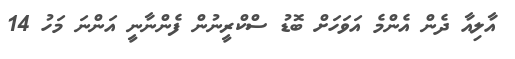
އާލިއާ ދެން އެންމެ އަވަހަށް ބޮޑު ސްކްރީނުން ފެންނާނީ އަންނަ މަހު 14